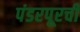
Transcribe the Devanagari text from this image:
पंडरपूरची